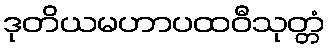
ဒုတိယမဟာပထဝီသုတ္တံ